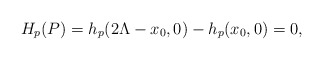
\begin{align*}H_p(P)=h_p(2\Lambda-x_0,0)-h_p(x_0,0)=0,\end{align*}